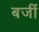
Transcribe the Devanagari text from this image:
बजीं